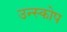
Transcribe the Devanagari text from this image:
उन्स्कोप